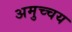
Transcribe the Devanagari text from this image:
अमुच्चय